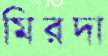
মিরদা